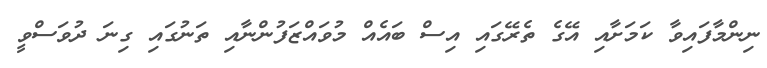
ނިންމާފައިވާ ކަމަށާއި އޭގެ ތެރޭގައި އިސް ބައެއް މުވައްޒަފުންނާއި ތަނުގައި ގިނަ ދުވަސްވީ